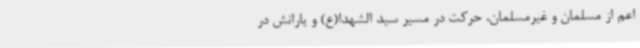
اعم از مسلمان و غیرمسلمان، حرکت در مسیر سید الشهدا(ع) و یارانش در